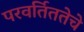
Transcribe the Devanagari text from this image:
परवर्तिततेचे